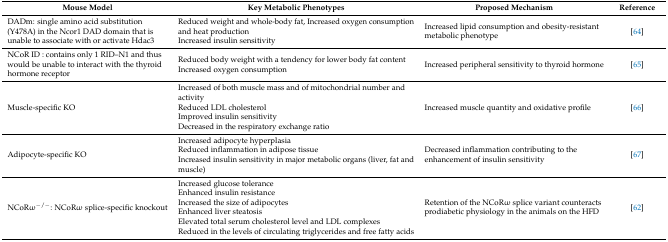
<table><thead><tr><td><b>Mouse Model</b></td><td><b>Key Metabolic Phenotypes</b></td><td><b>Proposed Mechanism</b></td><td><b>Reference</b></td></tr></thead><tbody><tr><td>DADm: single amino acid substitution (Y478A) in the Ncor1 DAD domain that is unable to associate with or activate Hdac3</td><td>Reduced weight and whole-body fat, Increased oxygen consumption and heat productionIncreased insulin sensitivity</td><td>Increased lipid consumption and obesity-resistant metabolic phenotype</td><td>[64]</td></tr><tr><td>NCoR ID : contains only 1 RID–N1 and thus would be unable to interact with the thyroid hormone receptor</td><td>Reduced body weight with a tendency for lower body fat content Increased oxygen consumption</td><td>Increased peripheral sensitivity to thyroid hormone</td><td>[65]</td></tr><tr><td>Muscle-specific KO</td><td>Increased of both muscle mass and of mitochondrial number and activityReduced LDL cholesterol Improved insulin sensitivityDecreased in the respiratory exchange ratio</td><td>Increased muscle quantity and oxidative profile</td><td>[66]</td></tr><tr><td>Adipocyte-specific KO</td><td>Increased adipocyte hyperplasiaReduced inflammation in adipose tissueIncreased insulin sensitivity in major metabolic organs (liver, fat and muscle)</td><td>Decreased inflammation contributing to the enhancement of insulin sensitivity</td><td>[67]</td></tr><tr><td>NCoRω<sup>−/−</sup>: NCoRω splice-specific knockout</td><td>Increased glucose toleranceEnhanced insulin resistanceIncreased the size of adipocytesEnhanced liver steatosisElevated total serum cholesterol level and LDL complexesReduced in the levels of circulating triglycerides and free fatty acids</td><td>Retention of the NCoRω splice variant counteracts prodiabetic physiology in the animals on the HFD</td><td>[62]</td></tr></tbody></table>